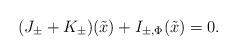
LaTeX: \begin{align*}(J_\pm+ K_\pm)(\tilde x)+I_{\pm,\Phi}(\tilde x)=0.\end{align*}